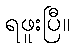
ရဖူးပြီ။